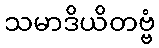
သမာဒိယိတဗ္ဗံ